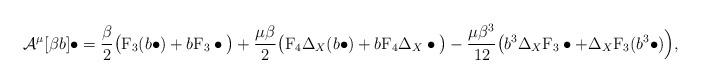
LaTeX: \begin{align*} \mathcal{A}^{\mu}[\beta b]\bullet = \frac{\beta}{2} \big(\mathrm{F}_3(b\bullet) + b\mathrm{F}_3\bullet\big) + \frac{\mu\beta}{2} \big( \mathrm{F}_4 \Delta_X(b\bullet) + b\mathrm{F}_4\Delta_X\bullet\big)- \frac{\mu\beta^3}{12} \big( b^3\Delta_X\mathrm{F}_3\bullet + \Delta_X\mathrm{F}_3(b^3\bullet)\Big) , \end{align*}